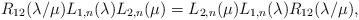
LaTeX: \begin{align*}R_{12}(\lambda /\mu )L_{1,n}(\lambda )L_{2,n}(\mu )=L_{2,n}(\mu)L_{1,n}(\lambda )R_{12}(\lambda /\mu ),\end{align*}